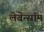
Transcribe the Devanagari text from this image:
लेबेन्स्रॉम